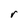
Character: r